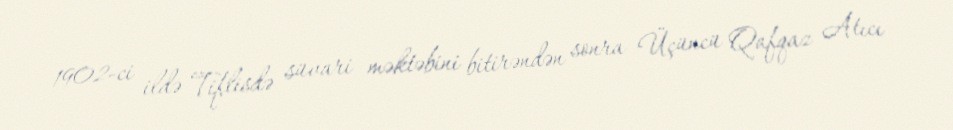
1902-ci ildə Tiflisdə süvari məktəbini bitirəndən sonra Üçüncü Qafqaz Atıcı